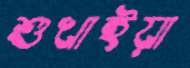
শুখাইয়া